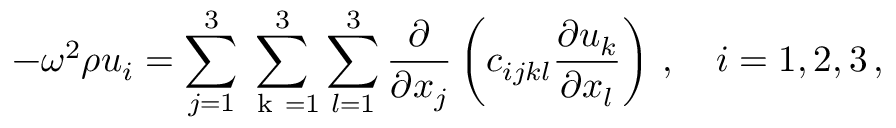
- \omega ^ { 2 } \rho u _ { i } = \sum _ { j = 1 } ^ { 3 } \sum _ { \mathrm { ~ k ~ } = 1 } ^ { 3 } \sum _ { l = 1 } ^ { 3 } \frac { \partial } { \partial x _ { j } } \left( c _ { i j k l } \frac { \partial u _ { k } } { \partial x _ { l } } \right) \, , \quad i = 1 , 2 , 3 \, ,